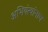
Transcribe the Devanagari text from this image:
अभियंत्यांनाच